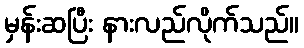
မှန်းဆပြီး နားလည်လိုက်သည်။